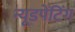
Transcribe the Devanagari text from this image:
न्यूडपेंटिंग